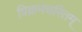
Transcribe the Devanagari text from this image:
विक्रमचरितम्